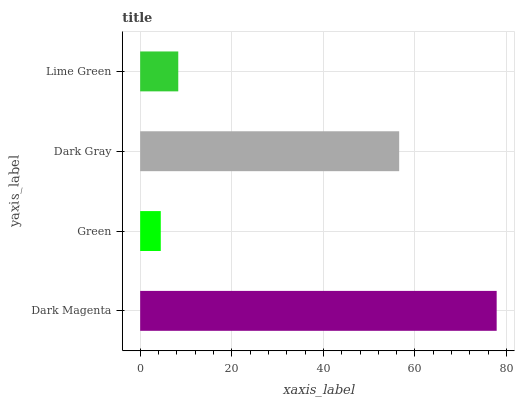
| yaxis_label | bars |
 | --- | --- |
 | Dark Magenta | 77.8 |
 | Green | 4.5 |
 | Dark Gray | 56.6 |
 | Lime Green | 8.32 |